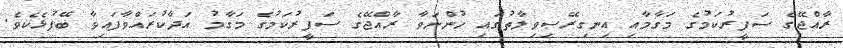
ރާއްޖޭގެ ސަފީރުކަމުގެ މަގާމާއި އިނގިރޭސިވިލާތުގައި ހުންނަވާ ރާއްޖޭގެ ސަފީރުކަމުގެ މަގާމު އަދާކުރައްވާފައިވާ ބޭފުޅެކެވެ.